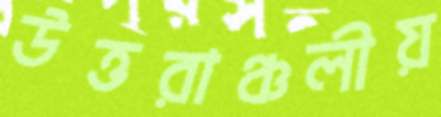
উত্তরাঞ্চলীয়